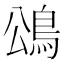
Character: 䲲